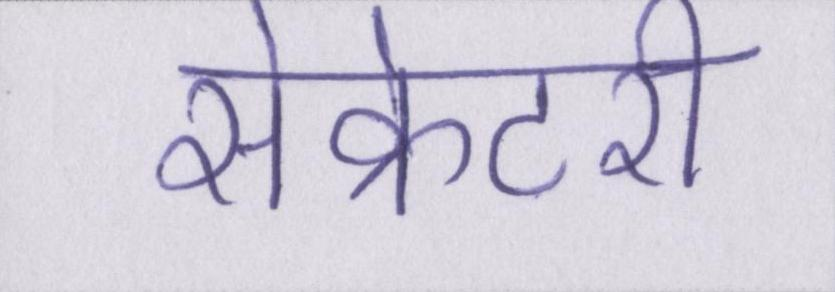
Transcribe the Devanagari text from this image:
सेक्रेटरी